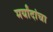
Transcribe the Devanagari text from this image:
मर्यांदांचा